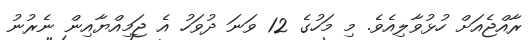
ރާއްޖެއަށް ހުޅުވާލިއެވެ. މި މަހުގެ 12 ވަނަ ދުވަހު އެ ޖަމިއްޔާއިން ނެރުނު